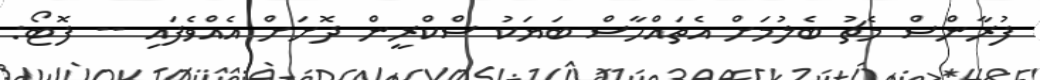
ފުރާންސް މެޗު ބެލުމަށް އެތައްހާސް ބަޔަކު ސްކްރީން ދޮށަށް އެއްވެފައި -- ފޮޓޯ: